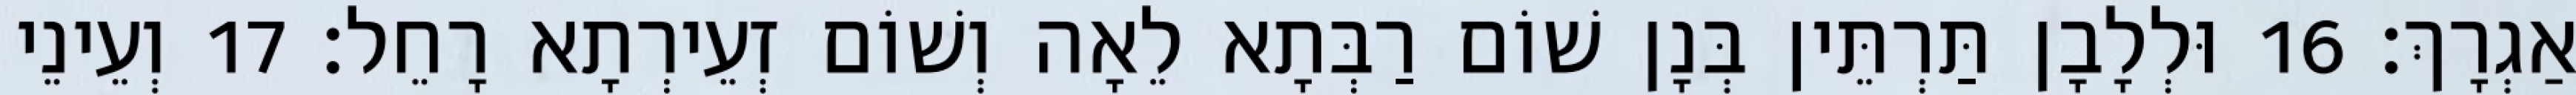
אַגְרָךְ׃ 16 וּלְלָבָן תַּרְתֵּין בְּנָן שׁוֹם רַבְּתָא לֵאָה וְשׁוֹם זְעֵירְתָא רָחֵל׃ 17 וְעֵינֵי